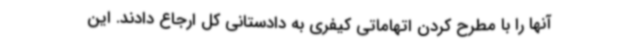
آنها را با مطرح کردن اتهاماتی کیفری به دادستانی کل ارجاع دادند. این